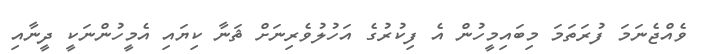
ވެއްޖެނަމަ ފުރަތަމަ މިބައިމީހުން އެ ފިކުރުގެ އަހުލުވެރިނަށް ޘަނާ ކިޔައި އެމީހުންނަކީ ދީނާއި